Punjab Mental Hospital Lahore 1922-31 - 1922-1931
Year: 1922
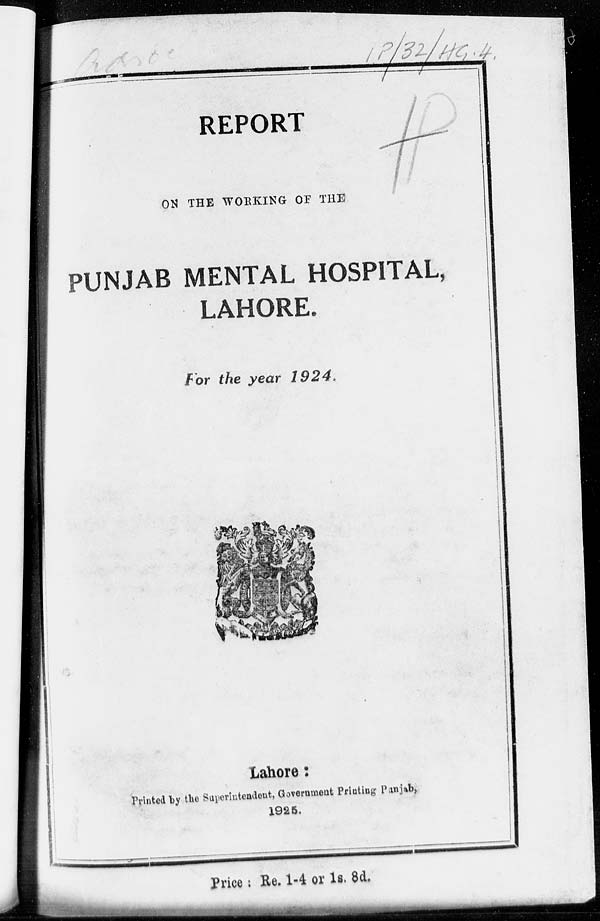
REPORT
ON THE WORKING OF THE
PUNJAB MENTAL HOSPITAL,
LAHORE.
For the year 1924.
Lahore:
Printed by the Superintendent, Government Printing Punjab,
1925.
Price : Re. 1-4 or 1s. 8d.